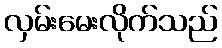
လှမ်းမေးလိုက်သည်